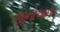
જીનોઆના